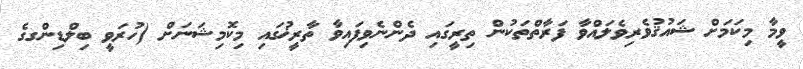
ވީމާ މިކަމަށް ޝައުޤުވެރިވެލައްވާ ފަރާތްތަކުން ތިރީގައި ދެންނެވިފައިވާ ތާރީޚުގައި މިކޮމިޝަނަށް (ހުރަވީ ބިލްޑިންގގެ